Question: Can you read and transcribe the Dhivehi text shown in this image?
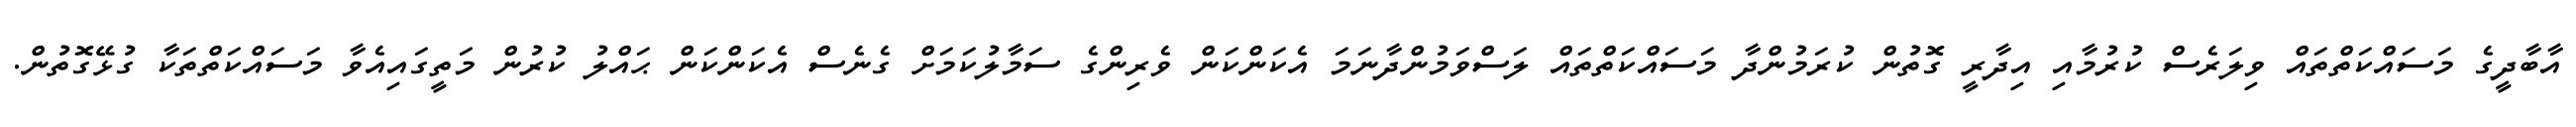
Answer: އާބާދީގެ މަސައްކަތްތައް ވިލަރެސް ކުރުމާއި އިދާރީ ގޮތުން ކުރަމުންދާ މަސައްކަތްތައް ލަސްވަމުންދާނަމަ އެކަންކަން ވެރިންގެ ސަމާލުކަމަށް ގެނެސް އެކަންކަން ޙައްލު ކުރުން މަތީގައިއެވާ މަސައްކަތްތަކާ ގުޅޭގޮތުން.